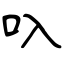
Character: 叺